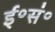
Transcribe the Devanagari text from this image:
ई॰सं॰